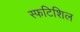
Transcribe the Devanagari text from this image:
स्फटिशिल